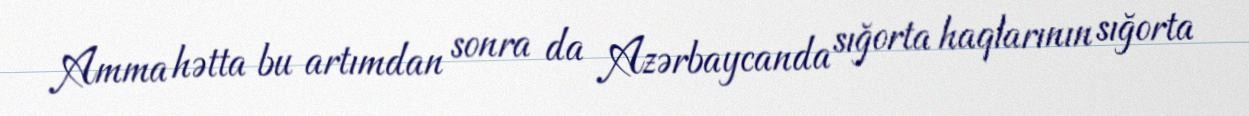
Amma hətta bu artımdan sonra da Azərbaycanda sığorta haqlarının sığorta